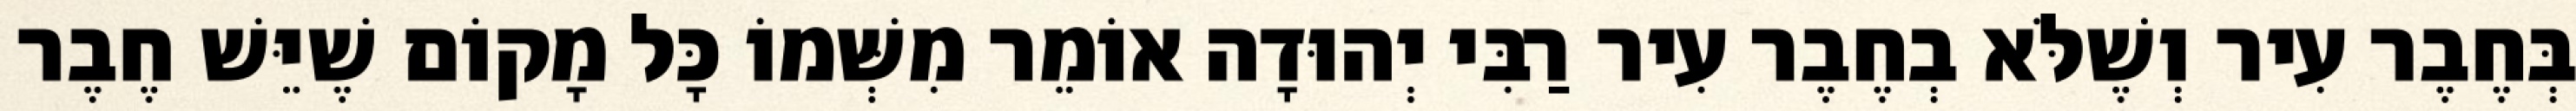
בְּחֶבֶר עִיר וְשֶׁלֹּא בְחֶבֶר עִיר רַבִּי יְהוּדָה אוֹמֵר מִשְּׁמוֹ כָּל מָקוֹם שֶׁיֵּשׁ חֶבֶר